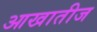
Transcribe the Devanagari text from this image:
आखातीज